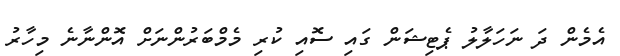
އެމެން ދަ ނަހަލާލު ޕެޓިޝަން ގައި ސޮއި ކުރި މެމްބަރުންނަށް އޮންނާނެ މިހާރު